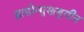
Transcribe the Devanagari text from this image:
ह्रासोन्मुखयुगीन